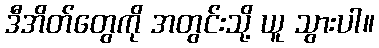
ဒီအိတ်တွေကို အတွင်းသို့ ယူ သွားပါ။